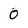
Character: O